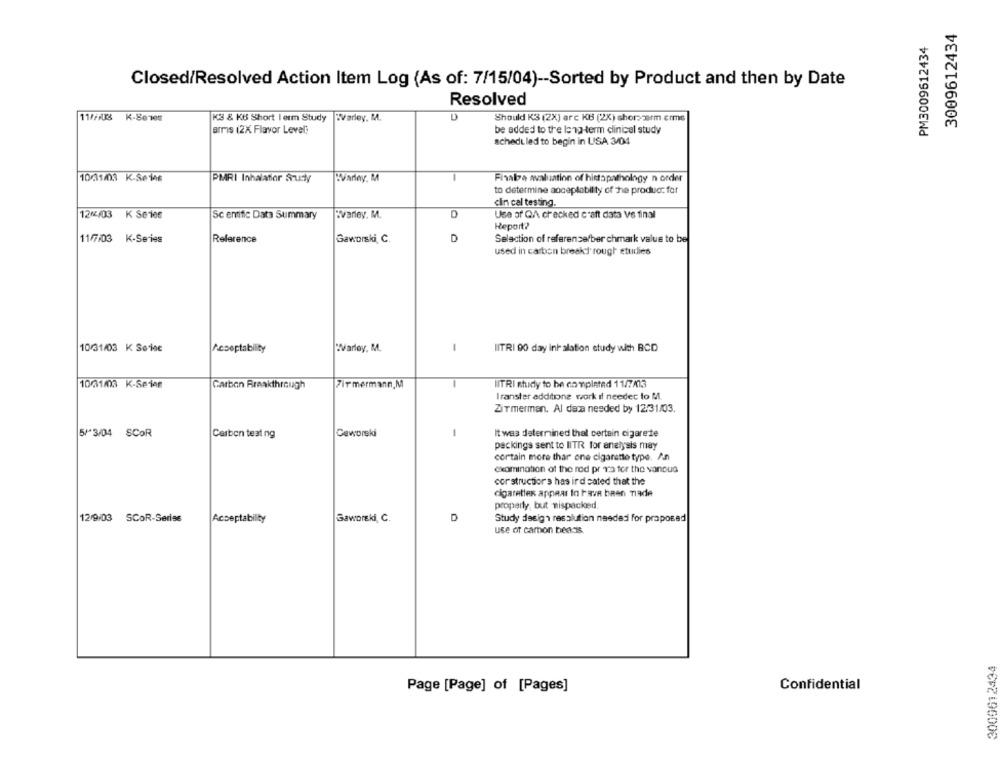
3009612434
PM3009612434
Closed/Resolved Action Item Log (As of: 7/15/04) -- Sorted by Product and then by Date
Resolved
11///03 K-8e1es
K3 & KB Short I erm Study
WVarley, M.
Should K3 (2X) arc KB (2X) shorszerm erms
armis (2X Flavor Level!
be added to the long-term clinical study
scheduled to begin in LISA 3/04
10/31/03 K-Seine
PMRI Inhalator Srudły
EVarley. M
Fisabe avaluation of histopathology n order
to determine anceplabilty of he produo: for
ciin cal testing.
121403 K Se1
:varley. M.
D
Use of QA checked craft data Ve final
Sc entifie Data Summary
Report?
11/7/03 K-Series
Reference
Gaworski, C.
D
Selection of reference/ber chmark value to be
used in carbon break rough studies
10/31/03 K Seine
Acceptability
WVarley, M.
-
IITRI 00 day inhalation study with BCD
10/31/03 K-Seine
Carbon Breakthrough
Firmermann,M
ITRI chidy to be completed 11/7/13
Iranster additione work if needed to M.
Zirmerman, Al dara nesded by 12/31/03.
5/ 3/04 SCOR
Carbon teat ng
Ceworski
1
It was determined thal certain cigarete
packings sent to IITR for analysis may
cortain more thar one cigarette type. An
examination of the rod pr Ta for the vanous
cor structior's has ird cated that the
cigarettes appear In have been made
properly, but mispacked.
12/9/03
SCOR-Series
Gaworski, C.
D
Study design resolution needed for proposed
Acceptability
use of carbon beads
3009612434
Confidential
Page [Page] of [Pages]